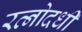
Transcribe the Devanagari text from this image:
रत्नोदधी